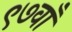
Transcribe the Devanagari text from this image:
९७वाँ